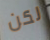
لكن